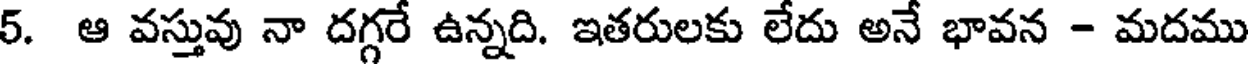
5. ఆ వస్తువు నా దగ్గరే ఉన్నది. ఇతరులకు లేదు అనే భావన - మదము